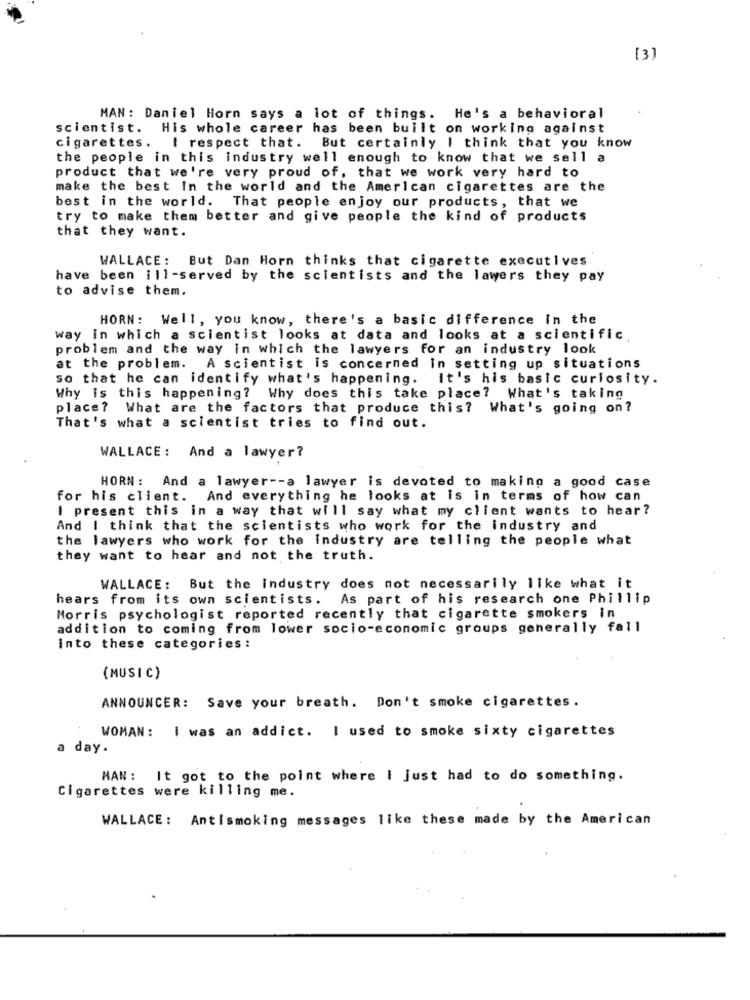
[3]
MAN: Daniel Horn says a lot of things. He's a behavioral
scientist. His whole career has been built on working against
cigarettes.
I respect that. But certainly I think that you know
the people in this industry well enough to know that we sell a
product that we're very proud of, that we work very hard to
make the best In the world and the American cigarettes are the
best in the world. That people enjoy our products, that we
try to make them better and give people the kind of products
that they want.
WALLACE: But Dan Horn thinks that cigarette executives
have been ill-served by the scientists and the lawers they pay
to advise them.
HORN: Well, you know, there's a basic difference in the
way in which a scientist looks at data and looks at a scientific.
problem and the way in which the lawyers for an industry look
at the problem. A scientist is concerned In setting up situations
so that he can identify what's happening. It's his basic curiosity.
Why is this happening?
Why does this take place? What's taking
place? What are the factors that produce this? What's going on?
That's what a scientist tries to find out.
WALLACE: And a lawyer?
HORN: And a lawyer -- a lawyer is devoted to making a good case
for his client. And everything he looks at is in terms of how can
I present this in a way that will say what my client wants to hear?
And I think that the scientists who work for the industry and
the lawyers who work for the Industry are telling the people what
they want to hear and not the truth.
WALLACE: But the industry does not necessarily Ilke what it
hears from its own scientists. As part of his research one Phillip
Morris psychologist reported recently that cigarette smokers in
addition to coming from lower socio-economic groups generally fall
into these categories :
(MUSIC)
ANNOUNCER: Save your breath. Don't smoke cigarettes.
WOMAN: I was an addict. I used to smoke sixty cigarettes
a day.
MAN: It got to the point where I just had to do something.
Cigarettes were killing me.
WALLACE: Antismoking messages like these made by the American